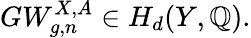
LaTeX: GW_{g,n}^{X,A}\in H_{d}(Y,\mathbb{Q}).